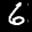
Label: 6